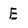
Character: E